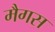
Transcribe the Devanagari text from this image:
मैगस